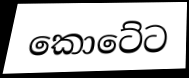
කොටේට